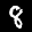
Label: 8